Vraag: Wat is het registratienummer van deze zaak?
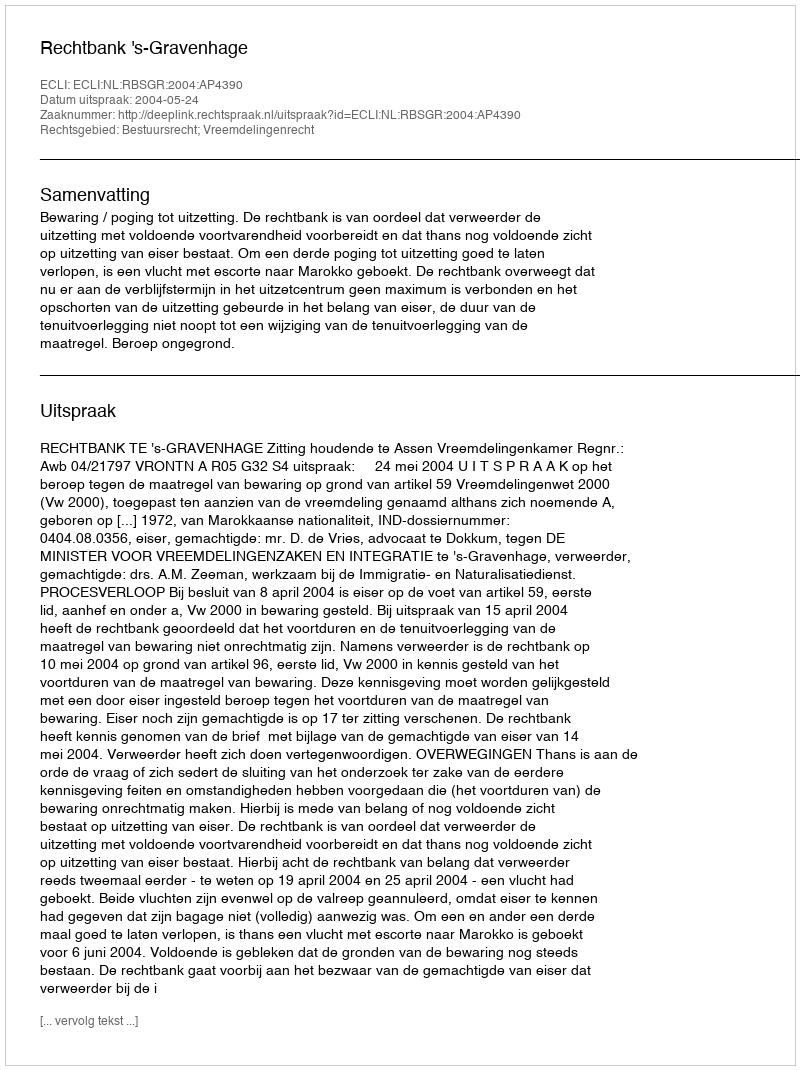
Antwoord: http://deeplink.rechtspraak.nl/uitspraak?id=ECLI:NL:RBSGR:2004:AP4390